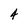
Character: 4